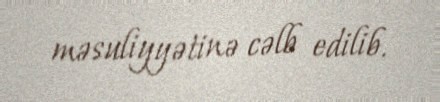
məsuliyyətinə cəlb edilib.